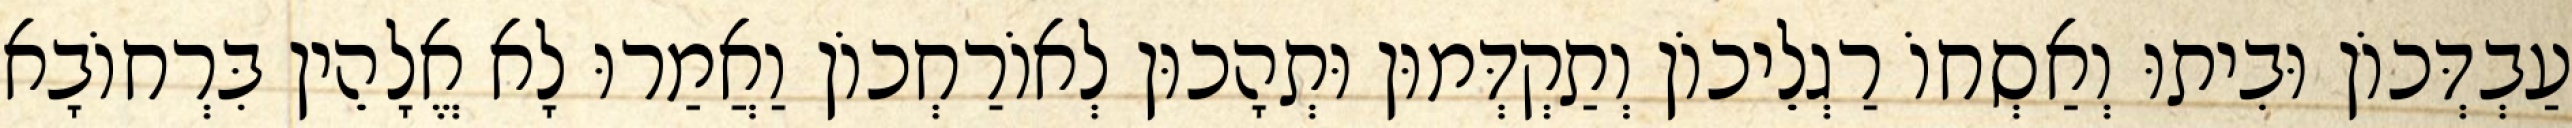
עַבְדְּכוֹן וּבִיתוּ וְאַסְחוֹ רַגְלֵיכוֹן וְתַקְדְּמוּן וּתְהָכוּן לְאוֹרַחְכוֹן וַאֲמַרוּ לָא אֱלָהֵין בִּרְחוֹבָא